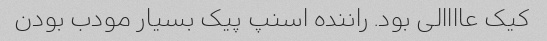
کیک عاااالی بود. راننده اسنپ پیک بسیار مودب بودن